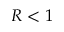
R < 1